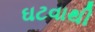
ઘટવાથી